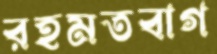
রহমতবাগ